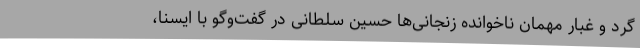
گرد و غبار مهمان ناخوانده زنجانی‌ها حسین سلطانی در گفت‌وگو با ایسنا،